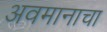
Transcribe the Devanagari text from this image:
अवमानाचा